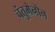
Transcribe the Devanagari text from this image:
चंतुमेनोन